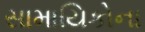
સામાયિકોના